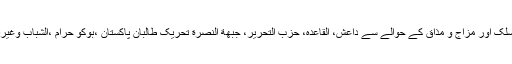
اسلئے بعض حقیقت حال دانشوروں کا دعویٰ ہے کہ افغان طالبان اپنے فکر و فلسفے، مسلک اور مزاج و مذاق کے حوالے سے داعش، القاعدہ، حزب التحریر، جبھة النصرة تحریک طالبان پاکستان ،بوکو حرام ،الشباب وغیرہ سے بالکل مختلف ہیں اور شائد یہی تصور اب جدید دنیا میں بھی اُبھرتا نظر آ رہا ہے۔